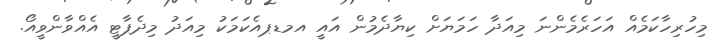
މިހުރިހާކަމެއް އަހަރެމެންނަ މިއަދާ ހަމަޔަށް ކިޔާދެމުން އައީ އމޑޕއެކަމަކު މިއަދު މިދެޕާޓީ އެއްވާންވީއޯ.